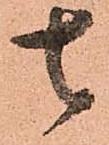
去